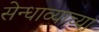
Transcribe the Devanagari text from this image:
सेन्धाव्याच्या